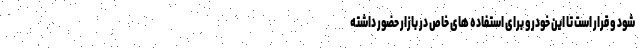
شود و قرار است تا این خودرو برای استفاده های خاص در بازار حضور داشته